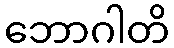
ဘောဂါတိ